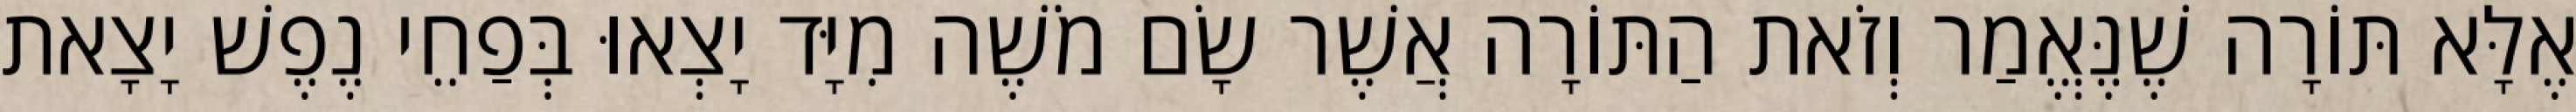
אֶלָּא תּוֹרָה שֶׁנֶּאֱמַר וְזֹאת הַתּוֹרָה אֲשֶׁר שָׂם מֹשֶׁה מִיָּד יָצְאוּ בְּפַחֵי נֶפֶשׁ יָצָאת